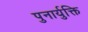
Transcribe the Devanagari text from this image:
पुनार्युक्ति